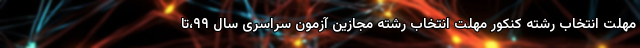
مهلت انتخاب رشته کنکور مهلت انتخاب رشته مجازین آزمون سراسری سال ۹۹،تا